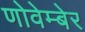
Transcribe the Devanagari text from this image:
णोवेम्बेर